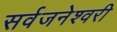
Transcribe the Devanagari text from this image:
सर्वजनेश्वरी